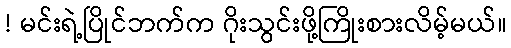
! မင်းရဲ့ပြိုင်ဘက်က ဂိုးသွင်းဖို့ကြိုးစားလိမ့်မယ်။